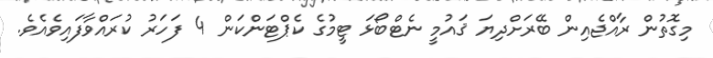
މިގޮތުން ރާއްޖެއިން ބޭރަށްދިޔަ ޤައުމީ ނެޓްބޯޅަ ޓީމުގެ ކެޕްޓަންކަން 4 ފަހަރު ކުރައްވާފައިވެއެވެ.